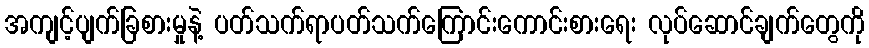
အကျင့်ပျက်ခြစားမှုနဲ့ ပတ်သက်ရာပတ်သက်ကြောင်းကောင်းစားရေး လုပ်ဆောင်ချက်တွေကို